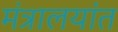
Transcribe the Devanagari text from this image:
मंत्रालयांत